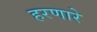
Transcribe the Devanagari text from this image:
हरणारे